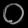
Digit: ၀